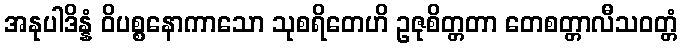
အနုပါဒိန္နံ ဝိပစ္စနောကာသော သုစရိတေဟိ ဥဇုစိတ္တတာ တေစတ္တာလီသဝတ္တံ